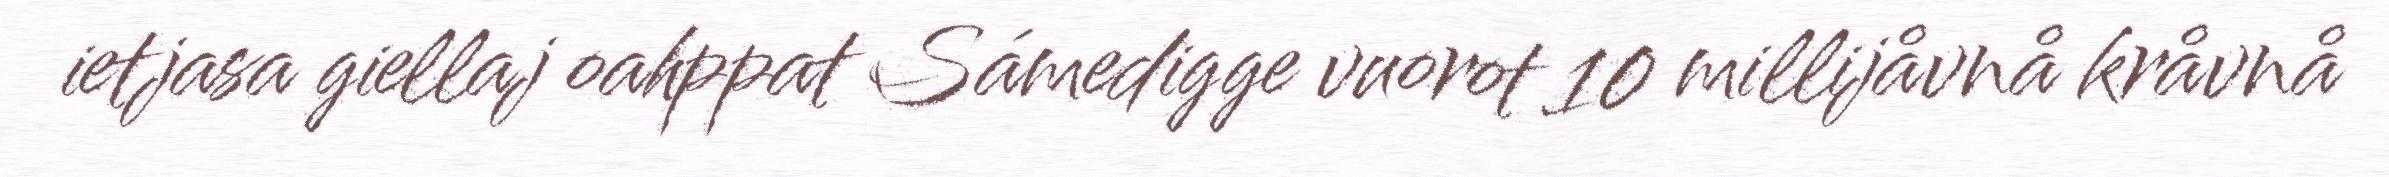
ietjasa giellaj oahppat Sámedigge vuorot 10 millijåvnå kråvnå